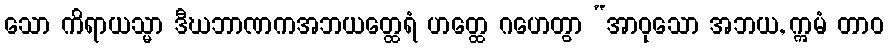
သော ကိရာယသ္မာ ဒီဃဘာဏကအဘယတ္ထေရံ ဟတ္ထေ ဂဟေတွာ “အာဝုသော အဘယ, ဣမံ တာဝ